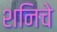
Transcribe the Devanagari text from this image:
शनिचे